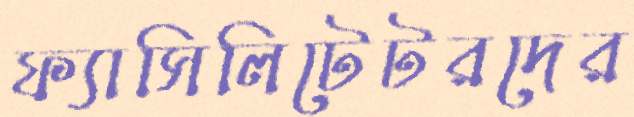
ফ্যাসিলিটেটরদের